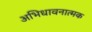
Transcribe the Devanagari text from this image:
अभिधावनात्मक